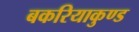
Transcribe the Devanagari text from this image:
बकरियाकुण्ड